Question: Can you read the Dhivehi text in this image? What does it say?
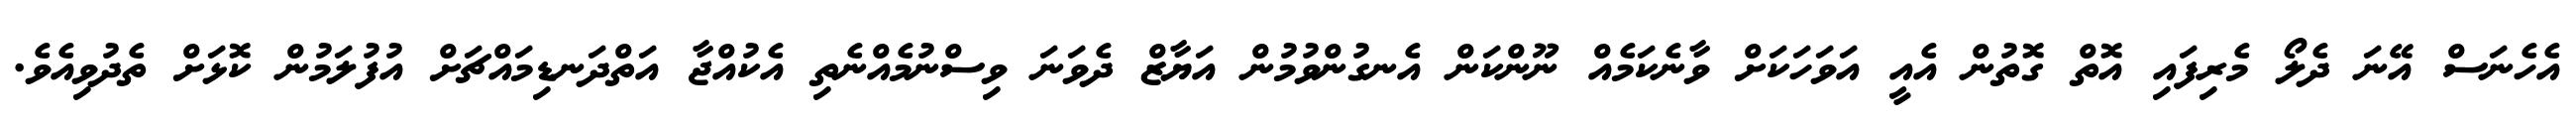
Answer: އެހެނަސް އޭނަ ދެލޯ މެރިފައި އޮތް ގޮތުން އެއީ އަވަހަކަށް ވާނެކަމެއް ނޫންކަން އެނގުންވުމުން އަޔާޒް ދެވަނަ ވިސްނުމެއްނެތި އެކުއްޖާ އަތްދަނޑިމައްޗަށް އުފުލަމުން ކޮޅަށް ތެދުވިއެވެ.